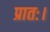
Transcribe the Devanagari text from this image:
प्रातः।